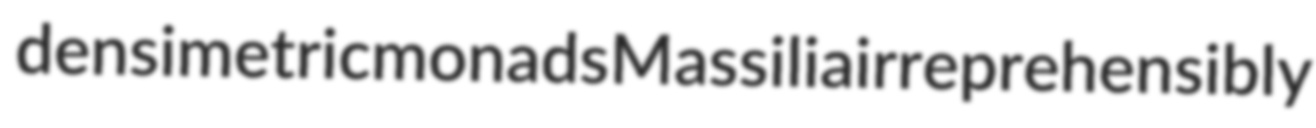
densimetric monads Massilia irreprehensibly